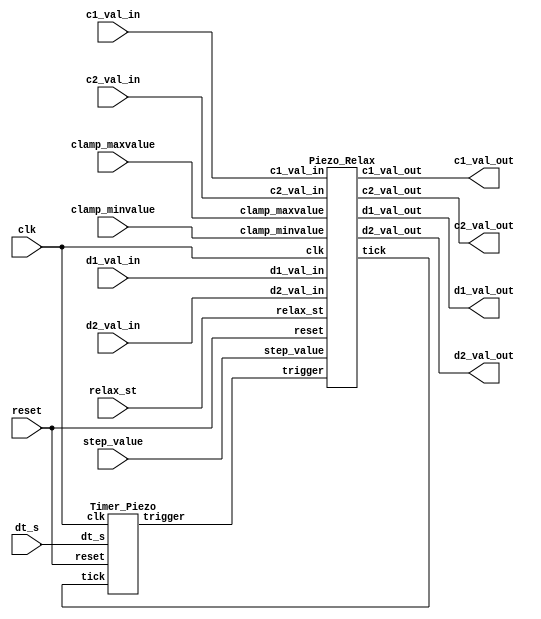
// Generator : SpinalHDL v1.8.0    git head : 4e3563a282582b41f4eaafc503787757251d23ea
// Component : Piezo_Ctrl
// Git hash  : f5ddcb1ebf9f3ce9c9d1466683ee01761d80916d

`timescale 1ns/1ps

module Piezo_Ctrl (
  input      [15:0]   dt_s,
  input      [15:0]   c1_val_in,
  input      [15:0]   c2_val_in,
  input      [15:0]   d1_val_in,
  input      [15:0]   d2_val_in,
  input      [15:0]   clamp_maxvalue,
  input      [15:0]   clamp_minvalue,
  input      [15:0]   step_value,
  input               relax_st,
  output     [15:0]   c1_val_out,
  output     [15:0]   c2_val_out,
  output     [15:0]   d1_val_out,
  output     [15:0]   d2_val_out,
  input               clk,
  input               reset
);

  wire                timer_ctrl_trigger;
  wire                relax_ctrl_tick;
  wire       [15:0]   relax_ctrl_c1_val_out;
  wire       [15:0]   relax_ctrl_c2_val_out;
  wire       [15:0]   relax_ctrl_d1_val_out;
  wire       [15:0]   relax_ctrl_d2_val_out;

  Timer_Piezo timer_ctrl (
    .dt_s    (dt_s[15:0]        ), //i
    .tick    (relax_ctrl_tick   ), //i
    .trigger (timer_ctrl_trigger), //o
    .clk     (clk               ), //i
    .reset   (reset             )  //i
  );
  Piezo_Relax relax_ctrl (
    .trigger        (timer_ctrl_trigger         ), //i
    .relax_st       (relax_st                   ), //i
    .c1_val_in      (c1_val_in[15:0]            ), //i
    .c2_val_in      (c2_val_in[15:0]            ), //i
    .d1_val_in      (d1_val_in[15:0]            ), //i
    .d2_val_in      (d2_val_in[15:0]            ), //i
    .clamp_maxvalue (clamp_maxvalue[15:0]       ), //i
    .clamp_minvalue (clamp_minvalue[15:0]       ), //i
    .step_value     (step_value[15:0]           ), //i
    .tick           (relax_ctrl_tick            ), //o
    .c1_val_out     (relax_ctrl_c1_val_out[15:0]), //o
    .c2_val_out     (relax_ctrl_c2_val_out[15:0]), //o
    .d1_val_out     (relax_ctrl_d1_val_out[15:0]), //o
    .d2_val_out     (relax_ctrl_d2_val_out[15:0]), //o
    .clk            (clk                        ), //i
    .reset          (reset                      )  //i
  );
  assign c1_val_out = relax_ctrl_c1_val_out; // @[Timer_Piezo.scala 196:28]
  assign c2_val_out = relax_ctrl_c2_val_out; // @[Timer_Piezo.scala 197:28]
  assign d1_val_out = relax_ctrl_d1_val_out; // @[Timer_Piezo.scala 198:28]
  assign d2_val_out = relax_ctrl_d2_val_out; // @[Timer_Piezo.scala 199:28]

endmodule

module Piezo_Relax (
  input               trigger,
  input               relax_st,
  input      [15:0]   c1_val_in,
  input      [15:0]   c2_val_in,
  input      [15:0]   d1_val_in,
  input      [15:0]   d2_val_in,
  input      [15:0]   clamp_maxvalue,
  input      [15:0]   clamp_minvalue,
  input      [15:0]   step_value,
  output              tick,
  output     [15:0]   c1_val_out,
  output     [15:0]   c2_val_out,
  output     [15:0]   d1_val_out,
  output     [15:0]   d2_val_out,
  input               clk,
  input               reset
);
  localparam fsm_enumDef_BOOT = 3'd0;
  localparam fsm_enumDef_Initial_Start = 3'd1;
  localparam fsm_enumDef_STEP1 = 3'd2;
  localparam fsm_enumDef_STEP2 = 3'd3;
  localparam fsm_enumDef_STEP3 = 3'd4;
  localparam fsm_enumDef_STEP4 = 3'd5;
  localparam fsm_enumDef_STEP5 = 3'd6;

  wire       [15:0]   _zz_when_Timer_Piezo_l85;
  wire       [15:0]   _zz_when_Timer_Piezo_l100;
  wire       [15:0]   _zz_when_Timer_Piezo_l107;
  wire       [15:0]   _zz_when_Timer_Piezo_l120;
  wire       [15:0]   _zz_when_Timer_Piezo_l135;
  wire       [15:0]   _zz_when_Timer_Piezo_l142;
  wire       [15:0]   _zz_when_Timer_Piezo_l155;
  reg                 relax_st_1;
  reg                 trigger_1;
  reg                 tick_1;
  reg        [15:0]   step_value_1;
  reg        [15:0]   c1_val_in_1;
  reg        [15:0]   c2_val_in_1;
  reg        [15:0]   d1_val_in_1;
  reg        [15:0]   d2_val_in_1;
  reg        [15:0]   clamp_maxvalue_1;
  reg        [15:0]   clamp_minvalue_1;
  wire                fsm_wantExit;
  reg                 fsm_wantStart;
  wire                fsm_wantKill;
  reg        [2:0]    fsm_stateReg;
  reg        [2:0]    fsm_stateNext;
  reg                 relax_st_1_regNext;
  wire                when_Timer_Piezo_l69;
  reg                 trigger_1_regNext;
  wire                when_Timer_Piezo_l84;
  wire                when_Timer_Piezo_l85;
  reg                 trigger_1_regNext_1;
  wire                when_Timer_Piezo_l98;
  wire                when_Timer_Piezo_l99;
  wire                when_Timer_Piezo_l100;
  wire                when_Timer_Piezo_l107;
  reg                 trigger_1_regNext_2;
  wire                when_Timer_Piezo_l119;
  wire                when_Timer_Piezo_l120;
  reg                 trigger_1_regNext_3;
  wire                when_Timer_Piezo_l133;
  wire                when_Timer_Piezo_l134;
  wire                when_Timer_Piezo_l135;
  wire                when_Timer_Piezo_l142;
  reg                 trigger_1_regNext_4;
  wire                when_Timer_Piezo_l154;
  wire                when_Timer_Piezo_l155;
  `ifndef SYNTHESIS
  reg [103:0] fsm_stateReg_string;
  reg [103:0] fsm_stateNext_string;
  `endif


  assign _zz_when_Timer_Piezo_l85 = (c1_val_in_1 - clamp_minvalue_1);
  assign _zz_when_Timer_Piezo_l100 = (d1_val_in_1 - 16'h8000);
  assign _zz_when_Timer_Piezo_l107 = (16'h8000 - d1_val_in_1);
  assign _zz_when_Timer_Piezo_l120 = (clamp_maxvalue_1 - c1_val_in_1);
  assign _zz_when_Timer_Piezo_l135 = (d2_val_in_1 - 16'h8000);
  assign _zz_when_Timer_Piezo_l142 = (16'h8000 - d2_val_in_1);
  assign _zz_when_Timer_Piezo_l155 = (c1_val_in_1 - 16'h8000);
  `ifndef SYNTHESIS
  always @(*) begin
    case(fsm_stateReg)
      fsm_enumDef_BOOT : fsm_stateReg_string = "BOOT         ";
      fsm_enumDef_Initial_Start : fsm_stateReg_string = "Initial_Start";
      fsm_enumDef_STEP1 : fsm_stateReg_string = "STEP1        ";
      fsm_enumDef_STEP2 : fsm_stateReg_string = "STEP2        ";
      fsm_enumDef_STEP3 : fsm_stateReg_string = "STEP3        ";
      fsm_enumDef_STEP4 : fsm_stateReg_string = "STEP4        ";
      fsm_enumDef_STEP5 : fsm_stateReg_string = "STEP5        ";
      default : fsm_stateReg_string = "?????????????";
    endcase
  end
  always @(*) begin
    case(fsm_stateNext)
      fsm_enumDef_BOOT : fsm_stateNext_string = "BOOT         ";
      fsm_enumDef_Initial_Start : fsm_stateNext_string = "Initial_Start";
      fsm_enumDef_STEP1 : fsm_stateNext_string = "STEP1        ";
      fsm_enumDef_STEP2 : fsm_stateNext_string = "STEP2        ";
      fsm_enumDef_STEP3 : fsm_stateNext_string = "STEP3        ";
      fsm_enumDef_STEP4 : fsm_stateNext_string = "STEP4        ";
      fsm_enumDef_STEP5 : fsm_stateNext_string = "STEP5        ";
      default : fsm_stateNext_string = "?????????????";
    endcase
  end
  `endif

  assign fsm_wantExit = 1'b0; // @[StateMachine.scala 151:28]
  always @(*) begin
    fsm_wantStart = 1'b0; // @[StateMachine.scala 152:19]
    case(fsm_stateReg)
      fsm_enumDef_Initial_Start : begin
      end
      fsm_enumDef_STEP1 : begin
      end
      fsm_enumDef_STEP2 : begin
      end
      fsm_enumDef_STEP3 : begin
      end
      fsm_enumDef_STEP4 : begin
      end
      fsm_enumDef_STEP5 : begin
      end
      default : begin
        fsm_wantStart = 1'b1; // @[StateMachine.scala 362:15]
      end
    endcase
  end

  assign fsm_wantKill = 1'b0; // @[StateMachine.scala 153:18]
  assign tick = tick_1; // @[Timer_Piezo.scala 168:11]
  assign c1_val_out = c1_val_in_1; // @[Timer_Piezo.scala 169:17]
  assign c2_val_out = c2_val_in_1; // @[Timer_Piezo.scala 170:17]
  assign d1_val_out = d1_val_in_1; // @[Timer_Piezo.scala 171:17]
  assign d2_val_out = d2_val_in_1; // @[Timer_Piezo.scala 172:17]
  always @(*) begin
    fsm_stateNext = fsm_stateReg; // @[StateMachine.scala 217:17]
    case(fsm_stateReg)
      fsm_enumDef_Initial_Start : begin
        if(when_Timer_Piezo_l69) begin
          fsm_stateNext = fsm_enumDef_STEP1; // @[Enum.scala 148:67]
        end
      end
      fsm_enumDef_STEP1 : begin
        if(when_Timer_Piezo_l84) begin
          if(!when_Timer_Piezo_l85) begin
            fsm_stateNext = fsm_enumDef_STEP2; // @[Enum.scala 148:67]
          end
        end
      end
      fsm_enumDef_STEP2 : begin
        if(when_Timer_Piezo_l98) begin
          if(when_Timer_Piezo_l99) begin
            if(!when_Timer_Piezo_l100) begin
              fsm_stateNext = fsm_enumDef_STEP3; // @[Enum.scala 148:67]
            end
          end else begin
            if(!when_Timer_Piezo_l107) begin
              fsm_stateNext = fsm_enumDef_STEP3; // @[Enum.scala 148:67]
            end
          end
        end
      end
      fsm_enumDef_STEP3 : begin
        if(when_Timer_Piezo_l119) begin
          if(!when_Timer_Piezo_l120) begin
            fsm_stateNext = fsm_enumDef_STEP4; // @[Enum.scala 148:67]
          end
        end
      end
      fsm_enumDef_STEP4 : begin
        if(when_Timer_Piezo_l133) begin
          if(when_Timer_Piezo_l134) begin
            if(!when_Timer_Piezo_l135) begin
              fsm_stateNext = fsm_enumDef_STEP5; // @[Enum.scala 148:67]
            end
          end else begin
            if(!when_Timer_Piezo_l142) begin
              fsm_stateNext = fsm_enumDef_STEP5; // @[Enum.scala 148:67]
            end
          end
        end
      end
      fsm_enumDef_STEP5 : begin
        if(when_Timer_Piezo_l154) begin
          if(!when_Timer_Piezo_l155) begin
            fsm_stateNext = fsm_enumDef_Initial_Start; // @[Enum.scala 148:67]
          end
        end
      end
      default : begin
      end
    endcase
    if(fsm_wantStart) begin
      fsm_stateNext = fsm_enumDef_Initial_Start; // @[Enum.scala 148:67]
    end
    if(fsm_wantKill) begin
      fsm_stateNext = fsm_enumDef_BOOT; // @[Enum.scala 148:67]
    end
  end

  assign when_Timer_Piezo_l69 = (relax_st_1 && (! relax_st_1_regNext)); // @[BaseType.scala 305:24]
  assign when_Timer_Piezo_l84 = (trigger_1 && (! trigger_1_regNext)); // @[BaseType.scala 305:24]
  assign when_Timer_Piezo_l85 = (step_value_1 < _zz_when_Timer_Piezo_l85); // @[BaseType.scala 305:24]
  assign when_Timer_Piezo_l98 = (trigger_1 && (! trigger_1_regNext_1)); // @[BaseType.scala 305:24]
  assign when_Timer_Piezo_l99 = (16'h8000 < d1_val_in_1); // @[BaseType.scala 305:24]
  assign when_Timer_Piezo_l100 = (step_value_1 < _zz_when_Timer_Piezo_l100); // @[BaseType.scala 305:24]
  assign when_Timer_Piezo_l107 = (step_value_1 < _zz_when_Timer_Piezo_l107); // @[BaseType.scala 305:24]
  assign when_Timer_Piezo_l119 = (trigger_1 && (! trigger_1_regNext_2)); // @[BaseType.scala 305:24]
  assign when_Timer_Piezo_l120 = (step_value_1 < _zz_when_Timer_Piezo_l120); // @[BaseType.scala 305:24]
  assign when_Timer_Piezo_l133 = (trigger_1 && (! trigger_1_regNext_3)); // @[BaseType.scala 305:24]
  assign when_Timer_Piezo_l134 = (16'h8000 < d2_val_in_1); // @[BaseType.scala 305:24]
  assign when_Timer_Piezo_l135 = (step_value_1 < _zz_when_Timer_Piezo_l135); // @[BaseType.scala 305:24]
  assign when_Timer_Piezo_l142 = (step_value_1 < _zz_when_Timer_Piezo_l142); // @[BaseType.scala 305:24]
  assign when_Timer_Piezo_l154 = (trigger_1 && (! trigger_1_regNext_4)); // @[BaseType.scala 305:24]
  assign when_Timer_Piezo_l155 = (step_value_1 < _zz_when_Timer_Piezo_l155); // @[BaseType.scala 305:24]
  always @(posedge clk or posedge reset) begin
    if(reset) begin
      relax_st_1 <= 1'b0; // @[Data.scala 400:33]
      trigger_1 <= 1'b0; // @[Data.scala 400:33]
      tick_1 <= 1'b0; // @[Data.scala 400:33]
      step_value_1 <= 16'h1000; // @[Data.scala 400:33]
      fsm_stateReg <= fsm_enumDef_BOOT; // @[Data.scala 400:33]
    end else begin
      relax_st_1 <= relax_st; // @[Timer_Piezo.scala 49:12]
      trigger_1 <= trigger; // @[Timer_Piezo.scala 52:11]
      fsm_stateReg <= fsm_stateNext; // @[StateMachine.scala 212:14]
      case(fsm_stateReg)
        fsm_enumDef_Initial_Start : begin
          if(when_Timer_Piezo_l69) begin
            tick_1 <= 1'b1; // @[Timer_Piezo.scala 70:16]
            step_value_1 <= step_value; // @[Timer_Piezo.scala 77:22]
          end
        end
        fsm_enumDef_STEP1 : begin
        end
        fsm_enumDef_STEP2 : begin
        end
        fsm_enumDef_STEP3 : begin
        end
        fsm_enumDef_STEP4 : begin
        end
        fsm_enumDef_STEP5 : begin
          if(when_Timer_Piezo_l154) begin
            if(!when_Timer_Piezo_l155) begin
              tick_1 <= 1'b0; // @[Timer_Piezo.scala 161:18]
            end
          end
        end
        default : begin
        end
      endcase
    end
  end

  always @(posedge clk) begin
    relax_st_1_regNext <= relax_st_1; // @[Reg.scala 39:30]
  end

  always @(posedge clk) begin
    case(fsm_stateReg)
      fsm_enumDef_Initial_Start : begin
        if(when_Timer_Piezo_l69) begin
          c1_val_in_1 <= c1_val_in; // @[Timer_Piezo.scala 71:21]
          c2_val_in_1 <= c2_val_in; // @[Timer_Piezo.scala 72:21]
          d1_val_in_1 <= d1_val_in; // @[Timer_Piezo.scala 73:21]
          d2_val_in_1 <= d2_val_in; // @[Timer_Piezo.scala 74:21]
          clamp_maxvalue_1 <= clamp_maxvalue; // @[Timer_Piezo.scala 75:26]
          clamp_minvalue_1 <= clamp_minvalue; // @[Timer_Piezo.scala 76:26]
        end
      end
      fsm_enumDef_STEP1 : begin
        if(when_Timer_Piezo_l84) begin
          if(when_Timer_Piezo_l85) begin
            c1_val_in_1 <= (c1_val_in_1 - step_value_1); // @[Timer_Piezo.scala 86:23]
            c2_val_in_1 <= (c2_val_in_1 + step_value_1); // @[Timer_Piezo.scala 87:23]
          end else begin
            c1_val_in_1 <= clamp_minvalue_1; // @[Timer_Piezo.scala 89:23]
            c2_val_in_1 <= clamp_maxvalue_1; // @[Timer_Piezo.scala 90:23]
          end
        end
      end
      fsm_enumDef_STEP2 : begin
        if(when_Timer_Piezo_l98) begin
          if(when_Timer_Piezo_l99) begin
            if(when_Timer_Piezo_l100) begin
              d1_val_in_1 <= (d1_val_in_1 - step_value_1); // @[Timer_Piezo.scala 101:25]
            end else begin
              d1_val_in_1 <= 16'h8000; // @[Timer_Piezo.scala 103:25]
            end
          end else begin
            if(when_Timer_Piezo_l107) begin
              d1_val_in_1 <= (d1_val_in_1 + step_value_1); // @[Timer_Piezo.scala 108:25]
            end else begin
              d1_val_in_1 <= 16'h8000; // @[Timer_Piezo.scala 110:25]
            end
          end
        end
      end
      fsm_enumDef_STEP3 : begin
        if(when_Timer_Piezo_l119) begin
          if(when_Timer_Piezo_l120) begin
            c1_val_in_1 <= (c1_val_in_1 + step_value_1); // @[Timer_Piezo.scala 121:23]
            c2_val_in_1 <= (c2_val_in_1 - step_value_1); // @[Timer_Piezo.scala 122:23]
          end else begin
            c1_val_in_1 <= clamp_maxvalue_1; // @[Timer_Piezo.scala 124:23]
            c2_val_in_1 <= clamp_minvalue_1; // @[Timer_Piezo.scala 125:23]
          end
        end
      end
      fsm_enumDef_STEP4 : begin
        if(when_Timer_Piezo_l133) begin
          if(when_Timer_Piezo_l134) begin
            if(when_Timer_Piezo_l135) begin
              d2_val_in_1 <= (d2_val_in_1 - step_value_1); // @[Timer_Piezo.scala 136:25]
            end else begin
              d2_val_in_1 <= 16'h8000; // @[Timer_Piezo.scala 138:25]
            end
          end else begin
            if(when_Timer_Piezo_l142) begin
              d2_val_in_1 <= (d2_val_in_1 + step_value_1); // @[Timer_Piezo.scala 143:25]
            end else begin
              d2_val_in_1 <= 16'h8000; // @[Timer_Piezo.scala 145:25]
            end
          end
        end
      end
      fsm_enumDef_STEP5 : begin
        if(when_Timer_Piezo_l154) begin
          if(when_Timer_Piezo_l155) begin
            c1_val_in_1 <= (c1_val_in_1 - step_value_1); // @[Timer_Piezo.scala 156:23]
            c2_val_in_1 <= (c2_val_in_1 + step_value_1); // @[Timer_Piezo.scala 157:23]
          end else begin
            c1_val_in_1 <= 16'h8000; // @[Timer_Piezo.scala 159:23]
            c2_val_in_1 <= 16'h8000; // @[Timer_Piezo.scala 160:23]
          end
        end
      end
      default : begin
      end
    endcase
  end

  always @(posedge clk) begin
    trigger_1_regNext <= trigger_1; // @[Reg.scala 39:30]
  end

  always @(posedge clk) begin
    trigger_1_regNext_1 <= trigger_1; // @[Reg.scala 39:30]
  end

  always @(posedge clk) begin
    trigger_1_regNext_2 <= trigger_1; // @[Reg.scala 39:30]
  end

  always @(posedge clk) begin
    trigger_1_regNext_3 <= trigger_1; // @[Reg.scala 39:30]
  end

  always @(posedge clk) begin
    trigger_1_regNext_4 <= trigger_1; // @[Reg.scala 39:30]
  end


endmodule

module Timer_Piezo (
  input      [15:0]   dt_s,
  input               tick,
  output              trigger,
  input               clk,
  input               reset
);

  wire                timer_1_io_full;
  wire       [15:0]   timer_1_io_value;
  reg                 timer_reset;

  Timer timer_1 (
    .io_tick  (tick                  ), //i
    .io_clear (timer_reset           ), //i
    .io_limit (dt_s[15:0]            ), //i
    .io_full  (timer_1_io_full       ), //o
    .io_value (timer_1_io_value[15:0]), //o
    .clk      (clk                   ), //i
    .reset    (reset                 )  //i
  );
  assign trigger = timer_1_io_full; // @[Timer_Piezo.scala 21:14]
  always @(posedge clk or posedge reset) begin
    if(reset) begin
      timer_reset <= 1'b1; // @[Data.scala 400:33]
    end else begin
      timer_reset <= 1'b0; // @[Timer_Piezo.scala 17:15]
      if(timer_1_io_full) begin
        timer_reset <= 1'b1; // @[Timer_Piezo.scala 23:17]
      end
    end
  end


endmodule

module Timer (
  input               io_tick,
  input               io_clear,
  input      [15:0]   io_limit,
  output              io_full,
  output     [15:0]   io_value,
  input               clk,
  input               reset
);

  wire       [15:0]   _zz_counter;
  wire       [0:0]    _zz_counter_1;
  reg        [15:0]   counter;
  wire                limitHit;
  reg                 inhibitFull;

  assign _zz_counter_1 = (! limitHit);
  assign _zz_counter = {15'd0, _zz_counter_1};
  assign limitHit = (counter == io_limit); // @[BaseType.scala 305:24]
  assign io_full = ((limitHit && io_tick) && (! inhibitFull)); // @[Timer.scala 27:12]
  assign io_value = counter; // @[Timer.scala 28:12]
  always @(posedge clk or posedge reset) begin
    if(reset) begin
      inhibitFull <= 1'b0; // @[Data.scala 400:33]
    end else begin
      if(io_tick) begin
        inhibitFull <= limitHit; // @[Timer.scala 20:17]
      end
      if(io_clear) begin
        inhibitFull <= 1'b0; // @[Timer.scala 25:17]
      end
    end
  end

  always @(posedge clk) begin
    if(io_tick) begin
      counter <= (counter + _zz_counter); // @[Timer.scala 21:13]
    end
    if(io_clear) begin
      counter <= 16'h0; // @[Timer.scala 24:13]
    end
  end


endmodule